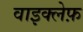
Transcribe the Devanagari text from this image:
वाइक्लेफ़